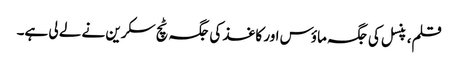
قلم، پنسل کی جگہ ماؤس اور کاغذ کی جگہ ٹچ سکرین نے لے لی ہے۔